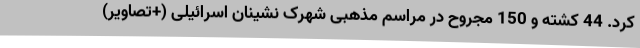
کرد. 44 کشته و 150 مجروح در مراسم مذهبی شهرک نشینان اسرائیلی (+تصاویر)